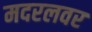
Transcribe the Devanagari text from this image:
मदरलवर